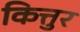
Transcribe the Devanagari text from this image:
कित्तुर